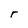
Character: r